Civil Veterinary Department. Madras. Admin. report 1926-33 - 1926-1933
Year: 1926
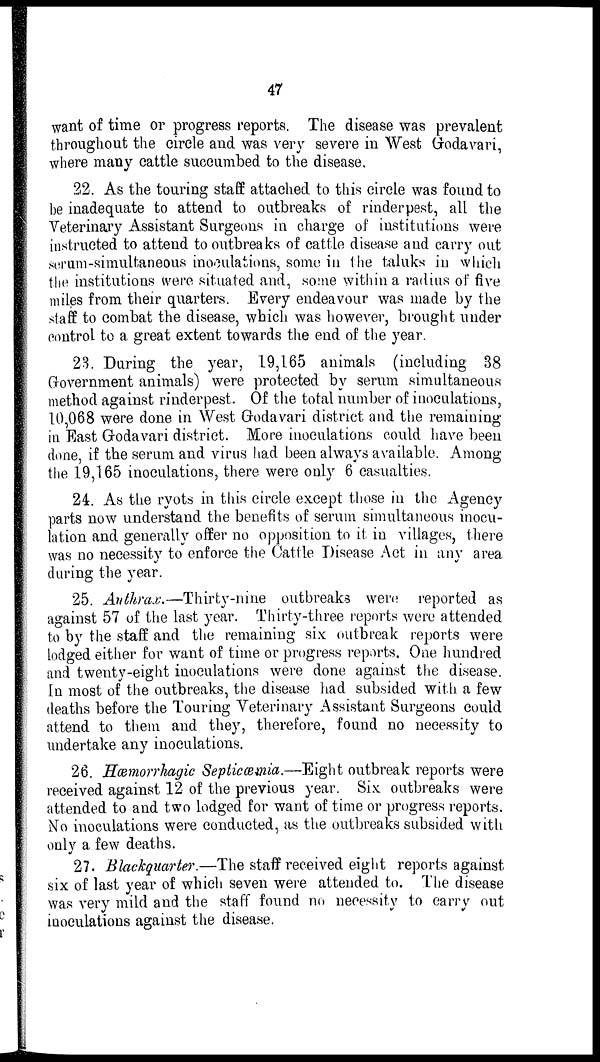
47
want of time or progress reports. The disease was prevalent
throughout the circle and was very severe in West Godavari,
where many cattle succumbed to the disease.
22. As the touring staff attached to this circle was found to
be inadequate to attend to outbreaks of rinderpest, all the
Veterinary Assistant Surgeons in charge of institutions were
instructed to attend to outbreaks of cattle disease and carry out
serum-simultaneous inoculations, some in the taluks in which
the institutions were situated and, some within a radius of five
miles from their quarters. Every endeavour was made by the
staff to combat the disease, which was however, brought under
control to a great extent towards the end of the year.
23. During the year, 19,165 animals (including 38
Government animals) were protected by serum simultaneous
method against rinderpest. Of the total number of inoculations,
10,068 were done in West Godavari district and the remaining
in East Godavari district. More inoculations could have been
done, if the serum and virus had been always available. Among
the 19,165 inoculations, there were only 6 casualties.
24. As the ryots in this circle except those in the Agency
parts now understand the benefits of serum simultaneous inocu-
lation and generally offer no opposition to it in villages, there
was no necessity to enforce the Cattle Disease Act in any area
during the year.
25. Anthrax.—Thirty-nine
outbreaks were reported as
against 57 of the last year. Thirty-three reports were attended
to by the staff and the remaining six outbreak reports were
lodged either for want of time or progress reports. One hundred
and twenty-eight inoculations were done against the disease.
In most of the outbreaks, the disease had subsided with a few
deaths before the Touring Veterinary Assistant Surgeons could
attend to them and they, therefore, found no necessity to
undertake any inoculations.
26. Hæmorrhagic Septicæmia.—Eight outbreak reports were
received against 12 of the previous year. Six outbreaks were
attended to and two lodged for want of time or progress reports.
No inoculations were conducted, as the outbreaks subsided with
only a few deaths.
27. Blackquarter.—The staff received eight reports against
six of last year of which seven were attended to. The disease
was very mild and the staff found no necessity to carry out
inoculations against the disease.